Leaving Certificate Examination, 1921
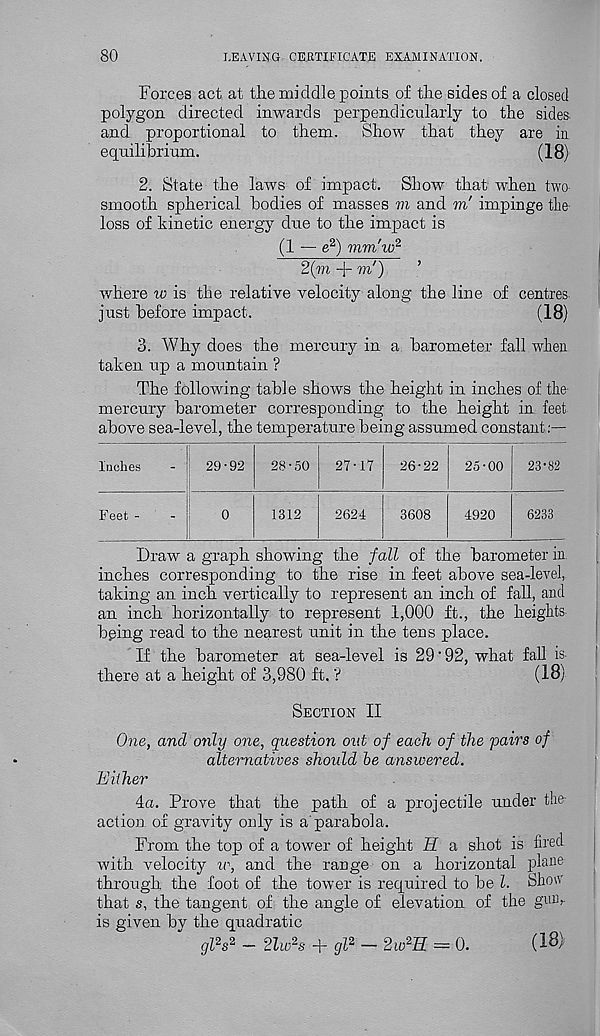
80
LEAVING CERTIFICATE EXAMINATION.
Forces act at the middle points of the sides of a closed
polygon directed inwards perpendicularly to the sides
and proportional to them.
Show that they are in
equilibrium.
(18)
2. State the laws of impact. Show that when two-
smooth spherical bodies of masses m and m' impinge the
loss of kinetic energy due to the impact is
(1 — e 2 ) mm'w 2
2(m + to')
where w is the relative velocity along the line of centres
just before impact.
(18)
3. Why does the mercury in a barometer fall when
taken up a mountain ?
The following table shows the height in inches of the
mercury barometer corresponding to the height in feet
above sea-level, the temperature being assumed constant:—
Inches
-
29-92
28-50
27-17
26-22
Feet -
1312
2624
3608
25-00
4920
23-82
6233
Draw a graph showing the fall of the barometer in
inches corresponding to the rise in feet above sea-level,
taking an inch vertically to represent an inch of fall, and
an inch horizontally to represent 1,000 ft., the heights
bping read to the nearest unit in the tens place.
If the barometer at sea-level is 29'92, what fall is
there at a height of 3,980 ft.'?
(18)
Section II
One, and only one, question out of each of the pairs of
alternatives should he answered.
Either
4a. Prove that the path of a projectile under the-
action of gravity only is a'parabola.
From the top of a tower of height H a shot is fired
with velocity ir, and the range on a horizontal plane
through the foot of the tower is required to be l. Shov
that s, the tangent of the angle of elevation of the gmv
is given by the quadratic
gl 2 s 2 — 2hv 2 s + gl 2 — 2w 2 H = 0.
(18)